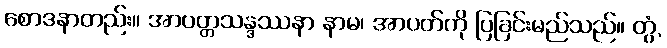
စောဒနာတည်း။ အာပတ္တသန္ဒဿနာ နာမ၊ အာပတ်ကို ပြခြင်းမည်သည်။ တွံ,